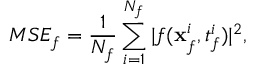
M S E _ { f } = \frac { 1 } { N _ { f } } \sum _ { i = 1 } ^ { N _ { f } } | f ( \mathbf { x } _ { f } ^ { i } , t _ { f } ^ { i } ) | ^ { 2 } ,